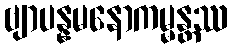
ဗျာပန္နမနောကမ္မန္တဿ